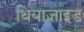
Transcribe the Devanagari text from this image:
थियाज़ाइड